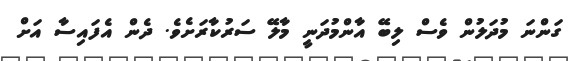
ގަންނަ މުދަލުން ވެސް ލިބޭ އާންމުދަނީ މާލޭ ސަރުކާރަށެވެ. ދެން އެފައިސާ އަށް